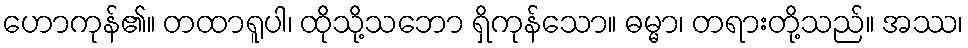
ဟောကုန်၏။ တထာရူပါ၊ ထိုသို့သဘော ရှိကုန်သော။ ဓမ္မာ၊ တရားတို့သည်။ အဿ၊